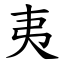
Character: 夷